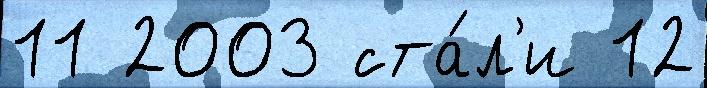
11 2003 ста́л'и 12